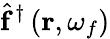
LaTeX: \hat{\mathbf{f}}^{\dagger}\left(\mathbf{r},\omega_{f}\right)